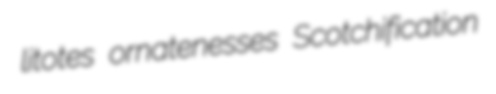
litotes ornatenesses Scotchification